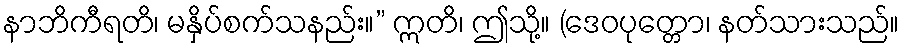
နာဘိကီရတိ၊ မနှိပ်စက်သနည်း။” ဣတိ၊ ဤသို့။ (ဒေဝပုတ္တော၊ နတ်သားသည်။